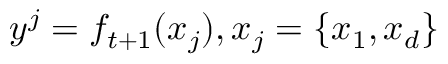
y ^ { j } = f _ { t + 1 } ( x _ { j } ) , x _ { j } = \{ x _ { 1 } , x _ { d } \}